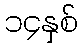
၁၄နှစ်